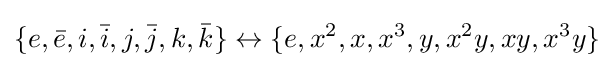
\{e,{\bar {e}},i,{\bar {i}},j,{\bar {j}},k,{\bar {k}}\}\leftrightarrow \{e,x^{2},x,x^{3},y,x^{2}y,xy,x^{3}y\}